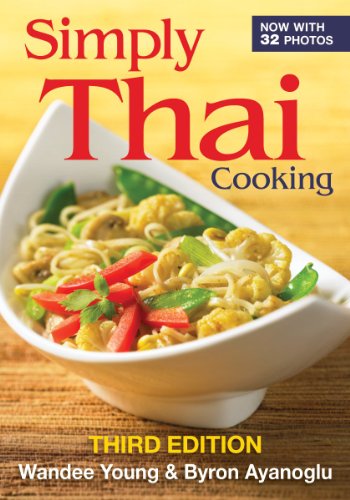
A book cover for Simply Thai Cooking; Wandee Young; Cookbooks, Food & Wine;